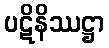
ပဋိနိဿဋ္ဌာ